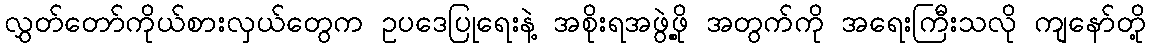
လွှတ်တော်ကိုယ်စားလှယ်တွေက ဥပဒေပြုရေးနဲ့ အစိုးရအဖွဲ့ဖို့ အတွက်ကို အရေးကြီးသလို ကျနော်တို့